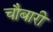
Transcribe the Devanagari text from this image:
चौबारी